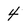
Character: 4